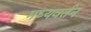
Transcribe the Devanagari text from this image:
मध्यवर्तन